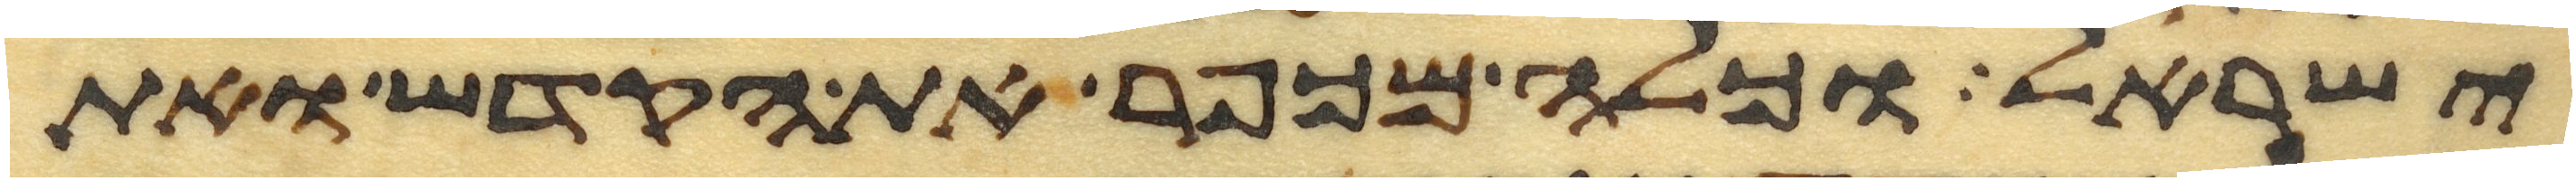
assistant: ישראל וכלה מכפר את הקדש ואת